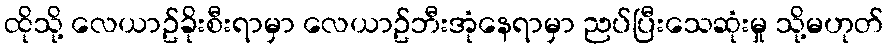
ထိုသို့ လေယာဥ်ခိုးစီးရာမှာ လေယာဥ်ဘီးအုံနေရာမှာ ညပ်ပြီးသေဆုံးမှု သို့မဟုတ်